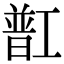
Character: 㠮